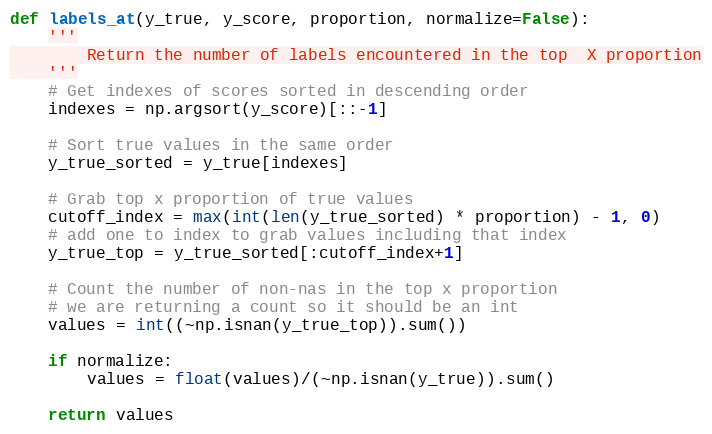
Language: Python
def labels_at(y_true, y_score, proportion, normalize=False):
    '''
        Return the number of labels encountered in the top  X proportion
    '''
    # Get indexes of scores sorted in descending order
    indexes = np.argsort(y_score)[::-1]

    # Sort true values in the same order
    y_true_sorted = y_true[indexes]

    # Grab top x proportion of true values
    cutoff_index = max(int(len(y_true_sorted) * proportion) - 1, 0)
    # add one to index to grab values including that index
    y_true_top = y_true_sorted[:cutoff_index+1]

    # Count the number of non-nas in the top x proportion
    # we are returning a count so it should be an int
    values = int((~np.isnan(y_true_top)).sum())

    if normalize:
        values = float(values)/(~np.isnan(y_true)).sum()

    return values